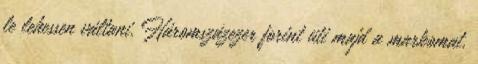
le lehessen válta­ni. Háromszázezer forint üti majd a markomat,